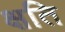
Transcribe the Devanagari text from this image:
क्षति